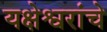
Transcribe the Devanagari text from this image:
यक्षेश्वरांचे